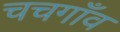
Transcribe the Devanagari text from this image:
चचगाँव